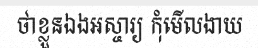
ថាខ្លួនឯងអស្ចារ្យ កុំមើលងាយ